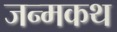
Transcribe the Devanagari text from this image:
जन्मकथ